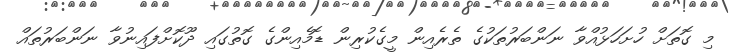
މި ގޮތަށް ހުށަހަޅުއްވާ ނަންބަރުތަކުގެ ތެރެއިން މީގެކުރިން ޑޮމެއިންގެ ގޮތުގައި ދޫކޮށްފައިނުވާ ނަންބަރުތައް